Insane asylums in Bengal annual reports 1876-1887 - 1876-1887
Year: 1876
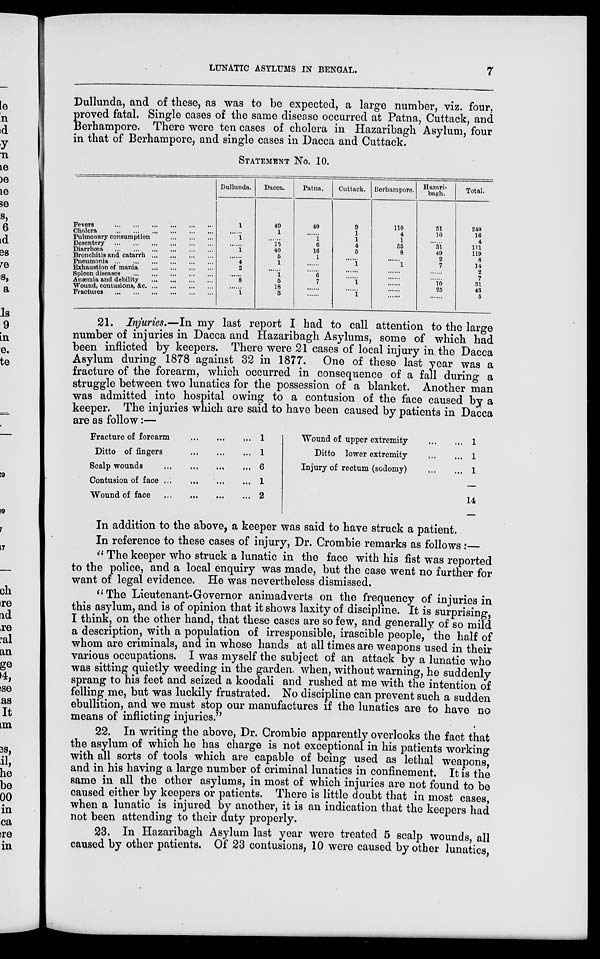
LUNATIC ASYLUMS IN BENGAL.
7
Dullunda, and of these, as was to be expected, a large number, viz. four,
proved fatal. Single cases of the same disease occurred at Patna, Cuttack, and
Berhampore. There were ten cases of cholera in Hazaribagh Asylum, four
in that of Berhampore, and single cases in Dacca and Cuttack.
STATEMENT No. 10.
Fevers ... ... ... ... ... ...
Cholera ... ... ... ... ... ...
Pulmonary consumption ... ... ...
Desentery ... ... ... ... ... ...
Diarrhœa ... ... ... ... ... ...
Bronchitis and catarrh ... ... ...
Pneumonia... ... ... ... ... ...
Exhaustion of mania ... ... ... ...
Spleen diseases ... ... ... ... ...
Anæmia and debility ... ... ... ...
Wound, contusions, &c. ... ... ... ...
Fractures ... ... ... ... ... ...
Dullunda.
1
......
1
......
1
......
4
2
......
8
......
1
Dacca.
49
1
......
15
40
5
1
......
1
5
18
3
Patna.
40
......
1
6
16
1
......
......
6
7
......
......
Cuttack.
9
1
1
4
5
......
1
......
......
1
......
1
Berhampore.
110
4
1
55
8
......
1
......
......
......
......
......
Hazari-
bagh.
31
10
......
31
49
2
7
......
......
10
25
......
Total.
240
16
4
111
119
8
14
2
7
31
43
5
21. Injuries.—In my last report I had to call attention to the large
number of injuries in Dacca and Hazaribagh Asylums, some of which had
been inflicted by keepers. There were 21 cases of local injury in the Dacca
Asylum during 1878 against 32 in 1877. One of these last year was a
fracture of the forearm, which occurred in consequence of a fall during a
struggle between two lunatics for the possession of a blanket. Another man
was admitted into hospital owing to a contusion of the face caused by a
keeper. The injuries which are said to have been caused by patients in Dacca
are as follow:—
Fracture of forearm ... ... ...
Ditto of fingers ... ... ...
Scalp wounds ... ... ...
Contusion of face ... ... ... ...
Wound of face ... ... ...
1
1
6
1
2
Wound of upper extremity
...
...
Ditto lower extremity
...
...
Injury of rectum (sodomy)
...
...
1
1
1
—
14
In addition to the above, a keeper was said to have struck a patient.
In reference to these cases of injury, Dr. Crombie remarks as follows :—
“ The keeper who struck a lunatic in the face with his fist was reported
to the police, and a local enquiry was made, but the case went no further for
want of legal evidence. He was nevertheless dismissed.
“The Lieutenant-Governor animadverts on the frequency of injuries in
this asylum, and is of opinion that it shows laxity of discipline. It is surprising,
I think, on the other hand, that these cases are so few, and generally of so mild
a description, with a population of irresponsible, irascible people, the half of
whom are criminals, and in whose hands at all times are weapons used in their
various occupations. I was myself the subject of an attack by a lunatic who
was sitting quietly weeding in the garden, when, without warning, he suddenly
sprang to his feet and seized a koodali and rushed at me with the intention of
felling me, but was luckily frustrated. No discipline can prevent such a sudden
ebullition, and we must stop our manufactures if the lunatics are to have no
means of inflicting injuries.”
22. In writing the above, Dr. Crombie apparently overlooks the fact that
the asylum of which he has charge is not exceptional in his patients working
with all sorts of tools which are capable of being used as lethal weapons,
and in his having a large number of criminal lunatics in confinement. It is the
same in all the other asylums, in most of which injuries are not found to be
caused either by keepers or patients. There is little doubt that in most cases,
when a lunatic is injured by another, it is an indication that the keepers had
not been attending to their duty properly.
23. In Hazaribagh Asylum last year were treated 5 scalp wounds, all
caused by other patients. Of 23 contusions, 10 were caused by other lunatics,